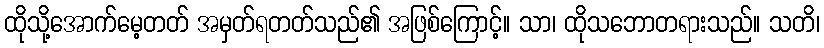
ထိုသို့အောက်မေ့တတ် အမှတ်ရတတ်သည်၏ အဖြစ်ကြောင့်။ သာ၊ ထိုသဘောတရားသည်။ သတိ၊